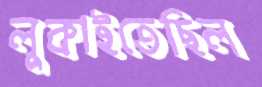
লুকাইতেছিল